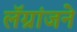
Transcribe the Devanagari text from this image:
लॅग्रांजने